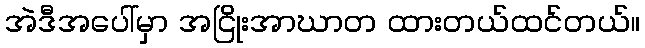
အဲဒီအပေါ်မှာ အငြိုးအာဃာတ ထားတယ်ထင်တယ်။